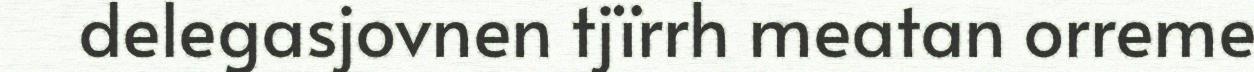
delegasjovnen tjïrrh meatan orreme